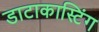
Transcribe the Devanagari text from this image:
डाटाकास्टिंग